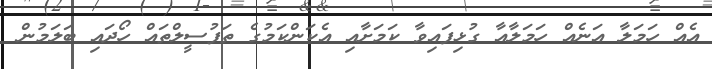
އެއް ހަމަލާ އަނެއް ހަަމަލާއާ ގުޅިފައިވާ ކަމަށާއި އެކަންކަމުގެ ތަފުސީލްތައް ހޯދައި ބަަލަމުން